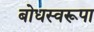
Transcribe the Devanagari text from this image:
बोधस्वरूपा